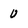
Character: 0